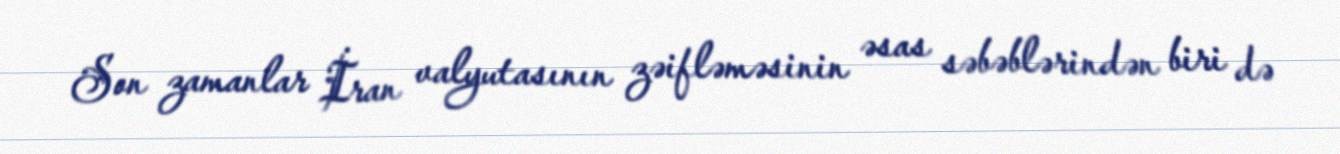
Son zamanlar İran valyutasının zəifləməsinin əsas səbəblərindən biri də